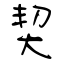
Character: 契